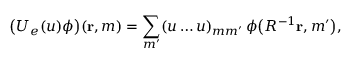
\bigl ( U _ { e } ( u ) \phi \bigr ) ( { \mathbf { r } } , m ) = \sum _ { m ^ { \prime } } ( u \ldots u ) _ { m m ^ { \prime } } \, \phi \bigl ( R ^ { - 1 } { \mathbf { r } } , m ^ { \prime } \bigr ) ,